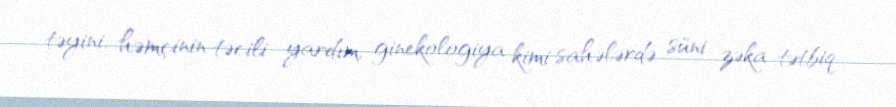
təyini, həmçinin təcili yardım, ginekologiya kimi sahələrdə süni zəka tətbiq